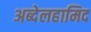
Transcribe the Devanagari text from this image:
अब्देलहामिद